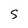
Character: S